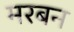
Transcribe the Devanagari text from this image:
मरबन